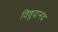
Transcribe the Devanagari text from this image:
विशुदानंद